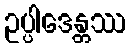
ဥပ္ပါဒေန္တဿ